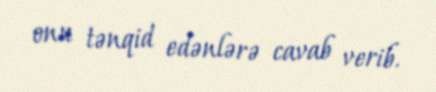
onu tənqid edənlərə cavab verib.